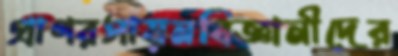
প্রাণরসায়নবিজ্ঞানীদের